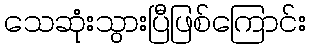
သေဆုံးသွားပြီဖြစ်ကြောင်း